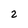
Character: 2